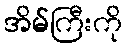
အိမ်ကြီးကို